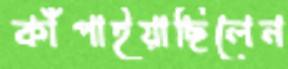
কাঁপাইয়াছিলেন